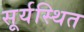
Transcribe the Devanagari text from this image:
सूर्यस्थित